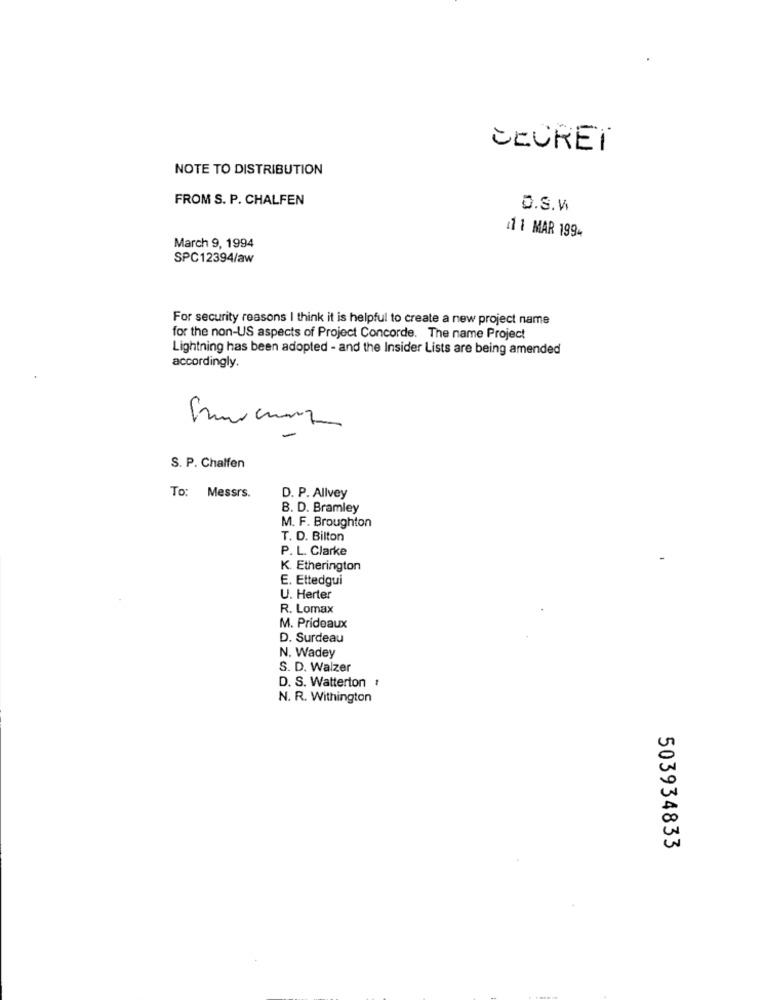
SECRET
NOTE TO DISTRIBUTION
FROM S. P. CHALFEN
O.S.W
11 MAR 1994
March 9, 1994
SPC12394/aw
For security reasons I think it is helpful to create a new project name
for the non-US aspects of Project Concorde. The name Project
Lightning has been adopted - and the Insider Lists are being amended
accordingly.
S. P. Chalfen
To: Messrs.
D. P. Allvey
B. D. Bramley
M. F. Broughton
T. D. Bilton
P. L. Clarke
K. Etherington
E. Ettedgui
U. Herter
R. Lomax
M. Prideaux
D. Surdeau
N. Wadey
S. D. Walzer
D. S. Watterton .
N. R. Withington
503934833